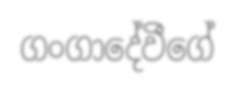
ගංගාදේවීගේ